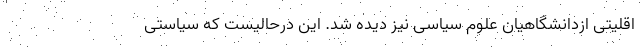
اقلیتی ازدانشگاهیان علوم سیاسی نیز دیده شد. این درحالیست که سیاستی